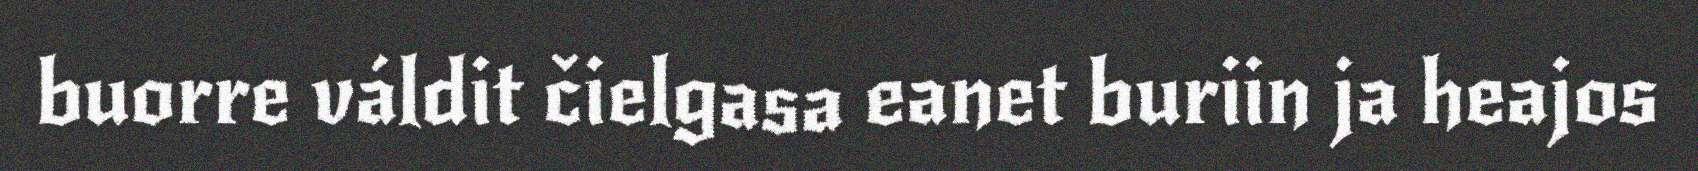
buorre váldit čielgasa eanet buriin ja heajos